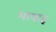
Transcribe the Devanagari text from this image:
भाषाइ